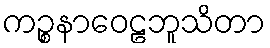
ကဉ္စနာဝေဠဘူသိတာ